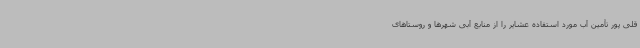
قلی پور تأمین آب مورد استفاده عشایر را از منابع آبی شهرها و روستاهای